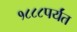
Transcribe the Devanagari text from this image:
१८८८पर्यंत